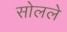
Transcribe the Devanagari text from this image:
सोलले